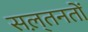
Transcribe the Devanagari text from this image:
सल़्तनतों